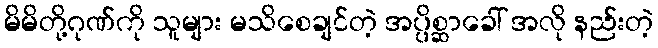
မိမိတို့ဂုဏ်ကို သူများ မသိစေချင်တဲ့ အပ္ပိစ္ဆာခေါ် အလို နည်းတဲ့